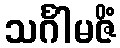
သင်္ဂါမဇိံ